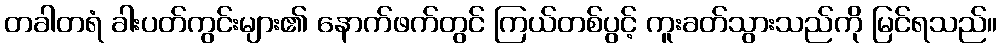
တခါတရံ ခါးပတ်ကွင်းများ၏ နောက်ဖက်တွင် ကြယ်တစ်ပွင့် ကူးခတ်သွားသည်ကို မြင်ရသည်။